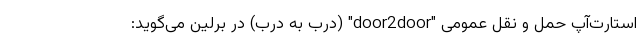
استارت‌آپ حمل و نقل عمومی "door2door" (درب به درب) در برلین می‌گوید: